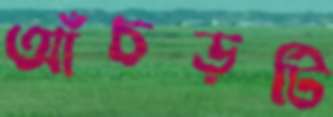
আঁচড়টি